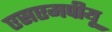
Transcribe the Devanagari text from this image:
एसएमपीयू